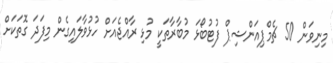
މިނިވަން 50 ޗެމްޕިއަންޝިޕް ފުޓުބޯޅަ މުބާރާތަކީ މުޅި ރާއްޖެއަށް ހުޅުވާލައިގެން މިފަދަ ގޮތަކަށް